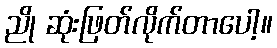
ညို ဆုံးဖြတ်လိုက်တာပေါ့။